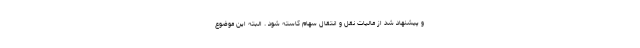
و پیشنهاد شد از مالیات نقل و انتقال سهام کاسته شود . البته این موضوع